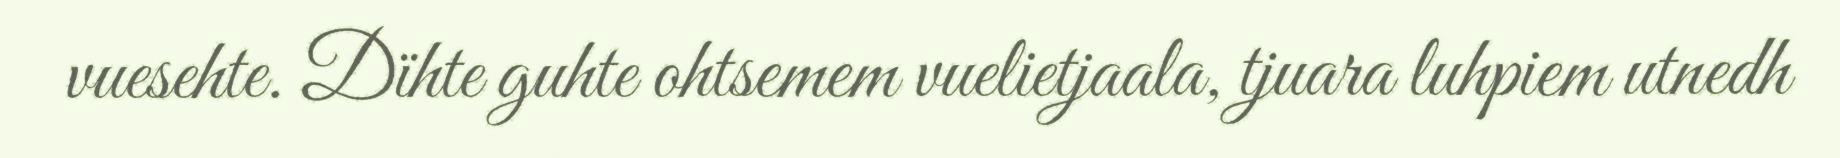
vuesehte. Dïhte guhte ohtsemem vuelietjaala, tjuara luhpiem utnedh